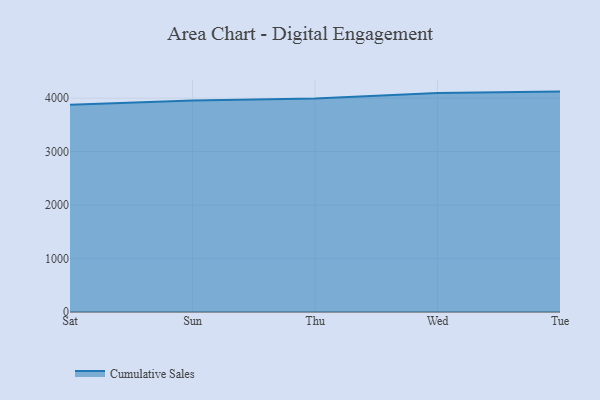
{"axis": {"x": "Day", "y": "Latency (ms)"}, "legend": ["Cumulative Sales"], "data": [{"x": "Sat", "y": 3877.8, "type": "Cumulative Sales"}, {"x": "Sun", "y": 3956.8, "type": "Cumulative Sales"}, {"x": "Thu", "y": 3996.1, "type": "Cumulative Sales"}, {"x": "Wed", "y": 4096.8, "type": "Cumulative Sales"}, {"x": "Tue", "y": 4123.4, "type": "Cumulative Sales"}]}